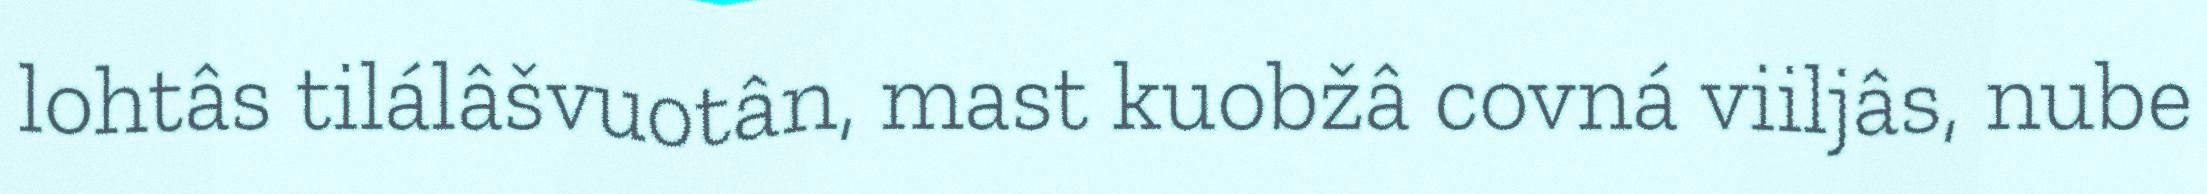
lohtâs tilálâšvuotân, mast kuobžâ covná viiljâs, nube